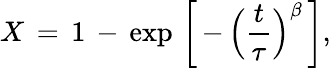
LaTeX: X\, =\, 1\, -\, \mathrm{exp}\, \left[\, -\, \Bigl(\frac{t}{\tau}\Bigl)^{\beta}\, \right],